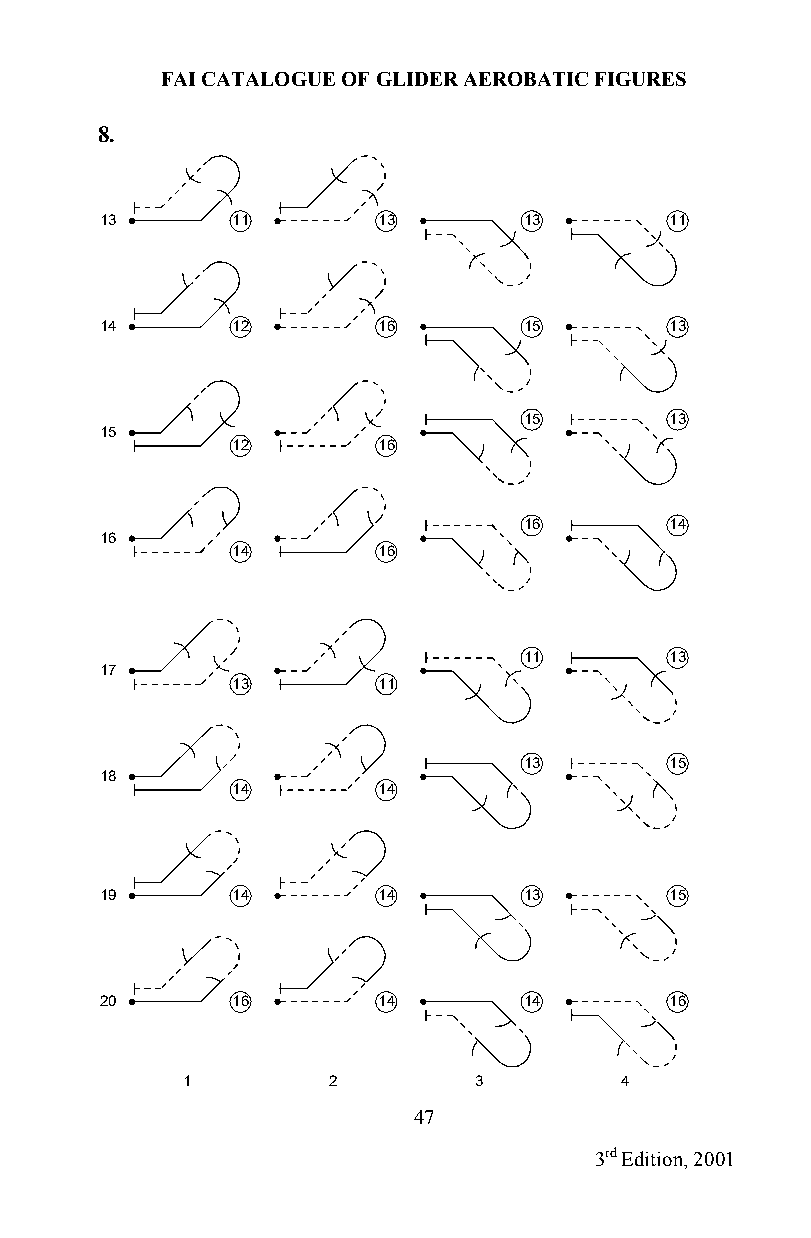
FAI CATALOGUE OF GLIDER AEROBATIC FIGURES
 8.
 13      11        13        13       11
 14      12        16        15       13
 15       13
 15
 12        16
 16       14
 16
 14        16
 11       13
 17
 13        11
 13       15
 18
 14        14
 19      14        14        13       15
 20      16        14        14       16
 1         2        3         4
 47
 3rd Edition, 2001